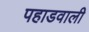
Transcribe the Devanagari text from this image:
पहाडवाली